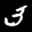
Label: 3